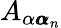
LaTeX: A_{\alpha{\pmb\alpha}_{n}}